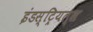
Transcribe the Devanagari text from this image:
इंडस्ट्रियल्स